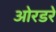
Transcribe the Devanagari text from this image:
ओरडरे